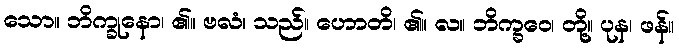
သော။ ဘိက္ခုနော၊ ၏။ ဗလံ၊ သည်။ ဟောတိ၊ ၏။ လ။ ဘိက္ခဝေ၊ တို့။ ပုန၊ ဖန်။